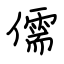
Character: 儒